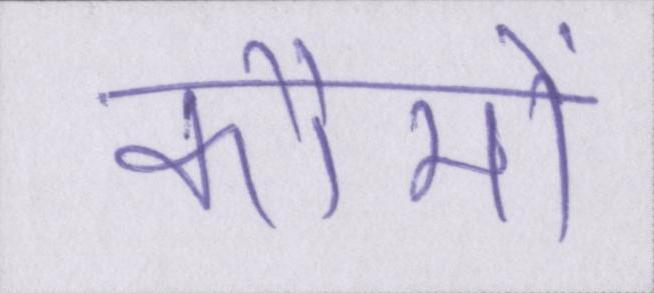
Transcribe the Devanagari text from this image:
कौमों